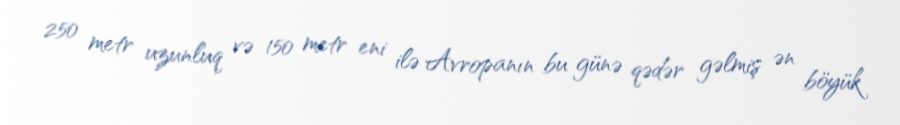
250 metr uzunluq və 150 metr eni ilə Avropanın bu günə qədər gəlmiş ən böyük